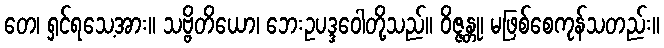
တေ၊ ရှင်ရသေ့အား။ သဗ္ဗိတိယော၊ ဘေးဥပဒ္ဒဝေါတို့သည်။ ဝိဇ္ဇန္တု၊ မဖြစ်စေကုန်သတည်း။